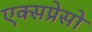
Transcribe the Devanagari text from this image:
एक्सप्रेसो